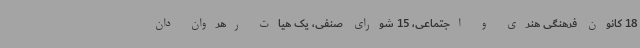
18 کانون فرهنگی هنری و اجتماعی، 15 شورای صنفی، یک هیات رهروان دان